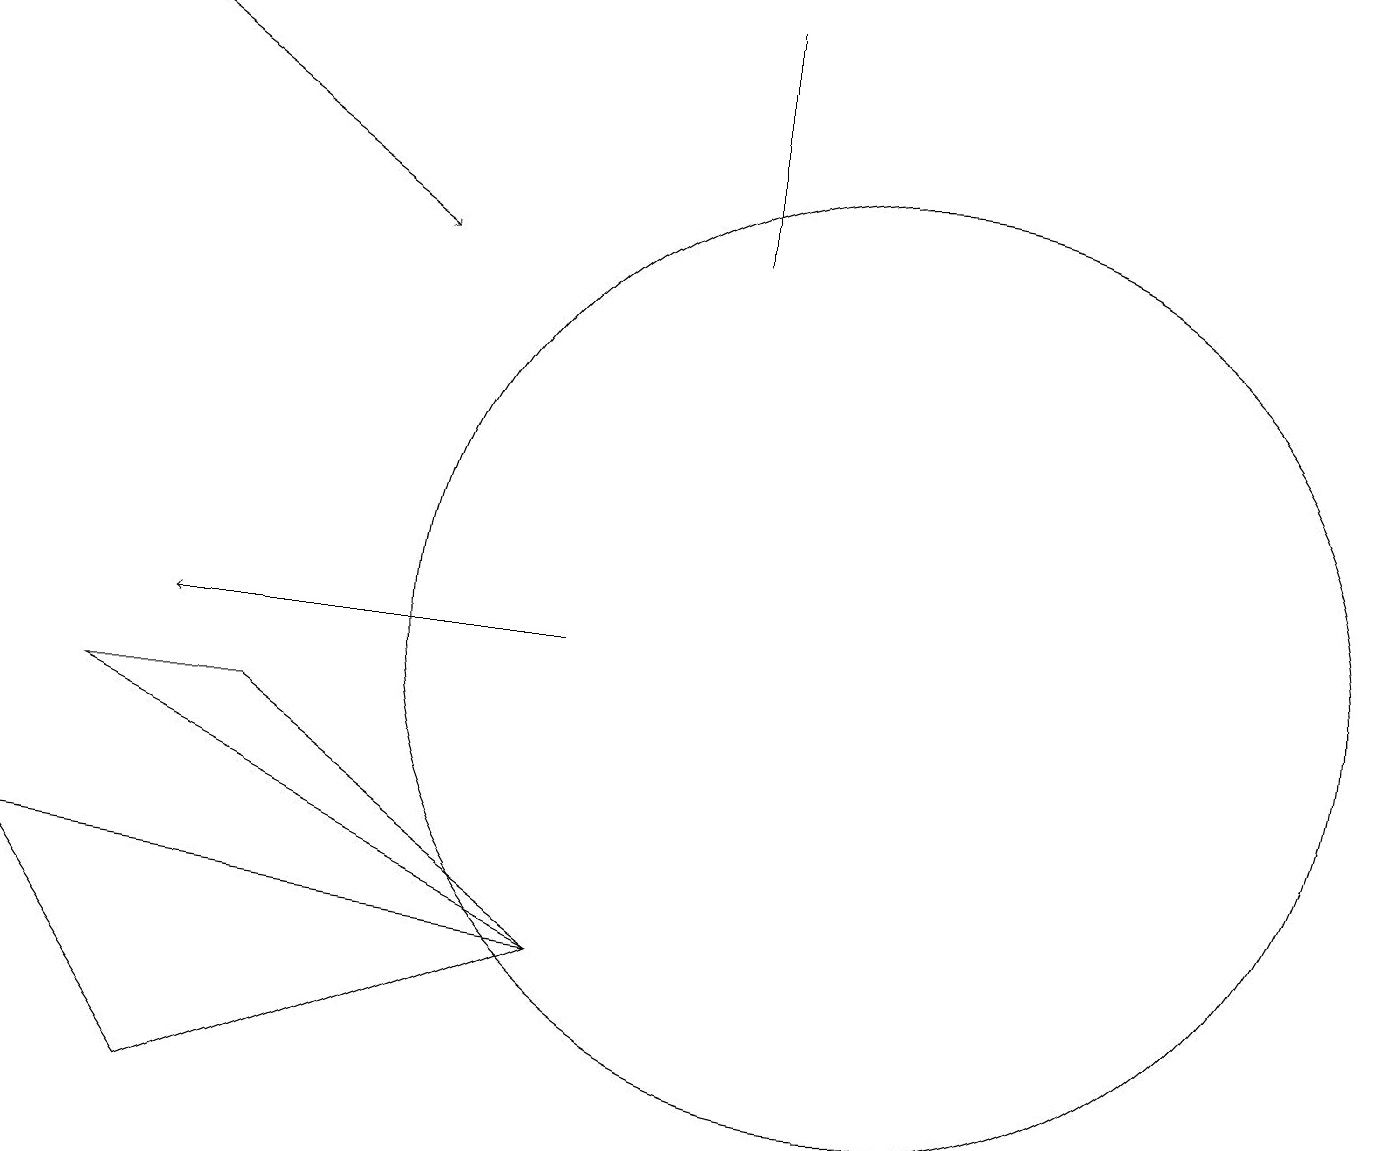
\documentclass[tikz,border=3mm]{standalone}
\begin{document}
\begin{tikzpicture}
\draw (9,15) rectangle (9,18);
\draw[->] (7,10) -- (2,10);
\draw (11,10) circle (6);
\draw (3,9) -- (1,9) -- (7,6) -- cycle;
\draw[->] (1,18) -- (5,15);
\draw (2,4) -- (0,7) -- (7,6) -- cycle;
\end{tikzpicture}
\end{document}